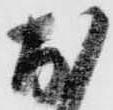
お